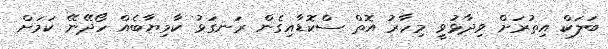
ބަލަކް އިތުރަށް ވިދާޅުވީ މިހާރު އޮތް ސްކޮޑާއިގެން ރަނގަޅު ކާމިޔާބެއް ހޯދޭނޭ ކަމަށް